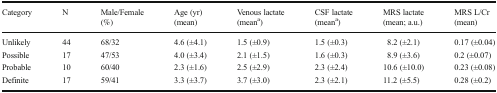
<table><thead><tr><td rowspan="2"><b>Category</b></td><td rowspan="2"><b>N</b></td><td><b>Male/Female</b></td><td><b>Age (yr)</b></td><td><b>Venous lactate</b></td><td><b>CSF lactate</b></td><td><b>MRS lactate</b></td><td><b>MRS L/Cr</b></td></tr><tr><td><b>(%)</b></td><td><b>(mean)</b></td><td><b>(mean<sup>a</sup>)</b></td><td><b>(mean<sup>a</sup>)</b></td><td><b>(mean; a.u.)</b></td><td><b>(mean)</b></td></tr></thead><tbody><tr><td>Unlikely</td><td>44</td><td>68/32</td><td>4.6 (±4.1)</td><td>1.5 (±0.9)</td><td>1.5 (±0.3)</td><td>8.2 (±2.1)</td><td>0.17 (±0.04)</td></tr><tr><td>Possible</td><td>17</td><td>47/53</td><td>4.0 (±3.4)</td><td>2.1 (±1.5)</td><td>1.6 (±0.3)</td><td>8.9 (±3.6)</td><td>0.2 (±0.07)</td></tr><tr><td>Probable</td><td>10</td><td>60/40</td><td>2.3 (±1.6)</td><td>2.5 (±2.9)</td><td>2.3 (±2.4)</td><td>10.6 (±10.0)</td><td>0.23 (±0.08)</td></tr><tr><td>Definite</td><td>17</td><td>59/41</td><td>3.3 (±3.7)</td><td>3.7 (±3.0)</td><td>2.3 (±2.1)</td><td>11.2 (±5.5)</td><td>0.28 (±0.2)</td></tr></tbody></table>